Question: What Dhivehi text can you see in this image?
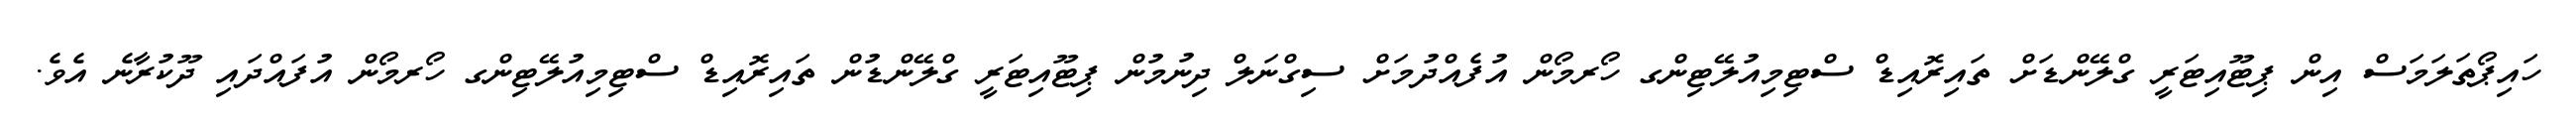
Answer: ހައިޕޯތަލަމަސް އިން ޕިޓޫއިޓަރީ ގްލޭންޑަށް ތައިރޮއިޑް ސްޓިމިއުލޭޓިންގ ހޯރމޯން އުފެއްދުމަށް ސިގްނަލް ދިނުމުން ޕިޓޫއިޓަރީ ގްލޭންޑުން ތައިރޮއިޑް ސްޓިމިއުލޭޓިންގ ހޯރމޯން އުފައްދައި ދޫކުރާނެ އެވެ.